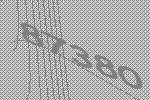
87380